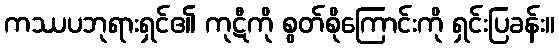
ကဿပဘုရားရှင်၏ ကုဋီကို စွတ်စိုကြောင်းကို ရှင်းပြခန်း။